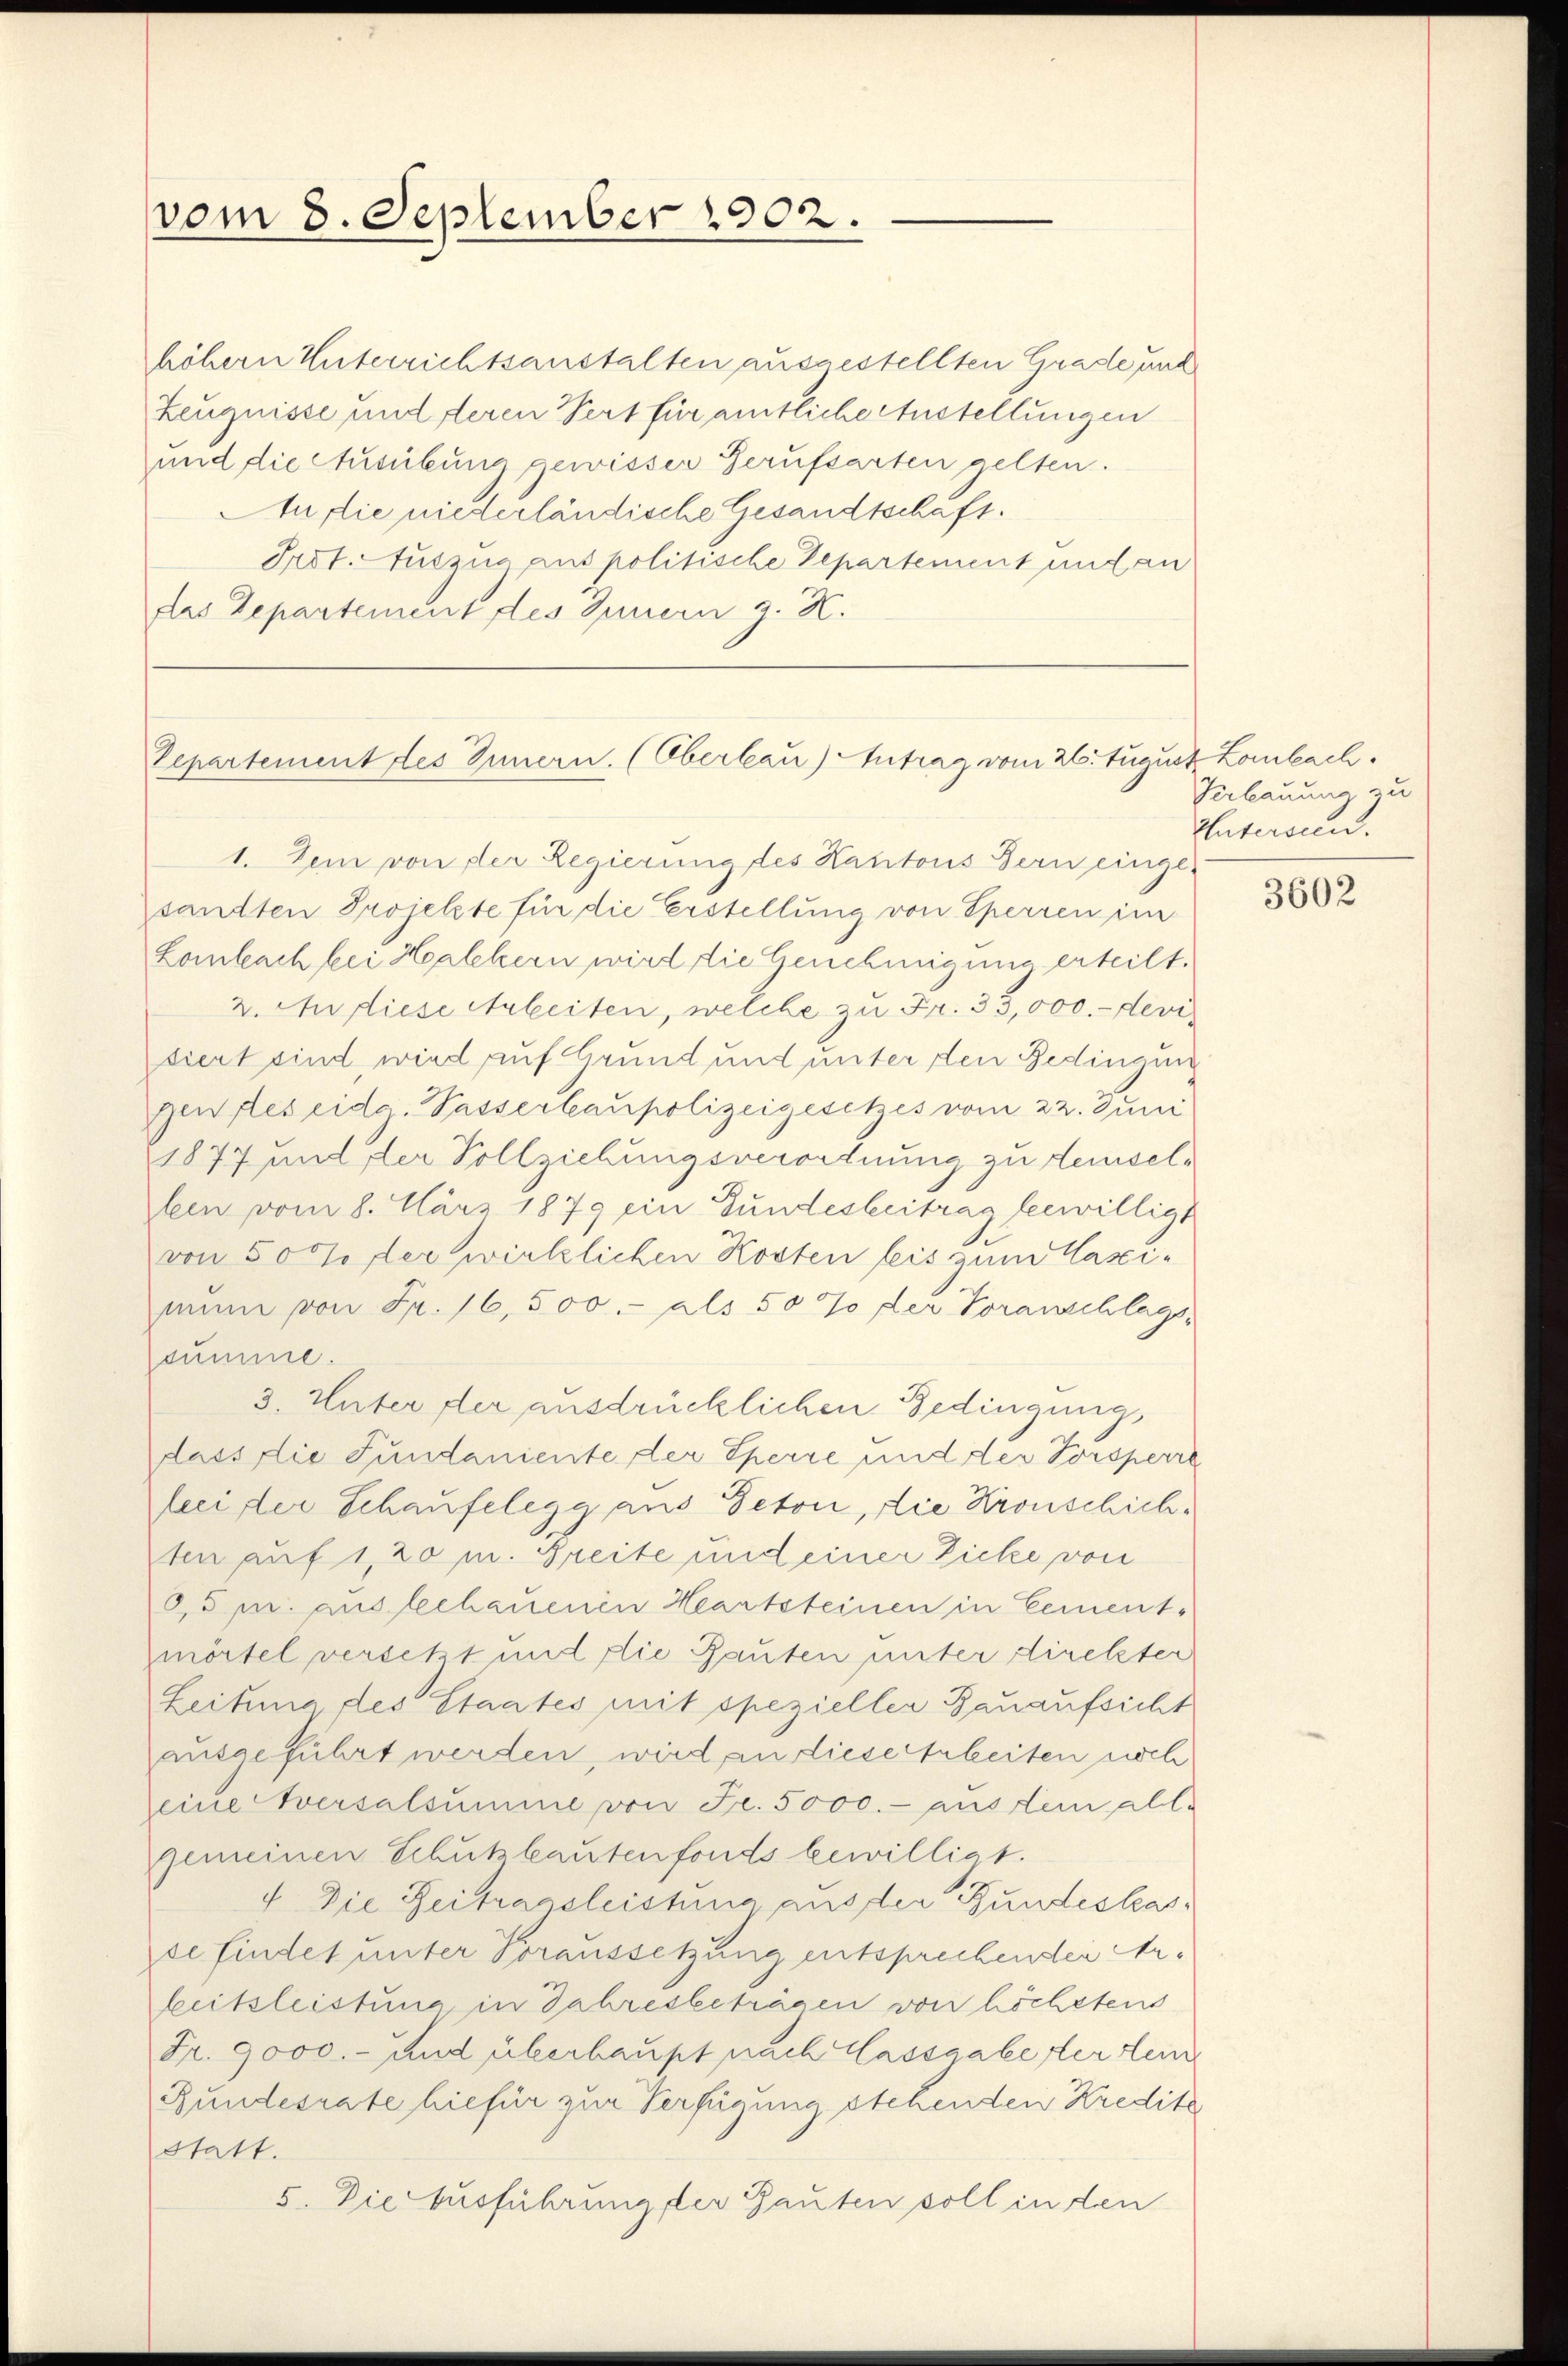
vom 8. September 1902.

höhern Unterrichtsanstalten ausgestellten Grade und
Zeugnisse und deren Pert für amtliche Austellungen
und die Ausübung gewisser Gerufsarten gelten.
Anflie niederländische Gesandtschaft.
Prot. Auszug aus politische Departement und an
das Departement des Innern z. K.

Zepartement des Innern. (Oberlau) Antrag vom 26. August Lombach.

1. Dem von der Regierung des Kantons Bern eingesandten Projekte für die Erstellung von Sperren im
Lombach bei Healckern wird die Genehmigung erteilt.
2. Aufliese Arbeiten, welche zu Fr. 35,000.- devi
diert sind wird auf Grund und unter den Bedingun
genstes eide. Passerbaupolizeigesetzes vom 22. Juni
1877 und der Vollziehungsverordnung zu demselleen vom 8. März 1879 ein Gundesbeitrag bewilligt
von 507 der wirklichen Kosten leis zum Maximnn von Fr. 16,500.- als 50 % der Voranschlags,
summe.
3. Unter der ausdrücklichen Bedingung,
dass die Fundaniente der Sperre und der Torsperre
feei der Schaufelegg aus Peton, die Kronschich
ten auf 1, 20 m. Greite und einer Zicke von
0,5 m. ausschauenen Heartsteinen in Cement-
mörtel versetzt und die Bauten unter direkter
Leitung des Staates mit spezieller Bauaufsicht
ausgeführt werden, wird an diese Arbeiten noch
eine versalsumme von Fr. 5000.- aus dem all-
gemeinen Schutzbautenfonds bewilligt.
4. Die Zeitragsleistung aus der Bundeskasde findet unter Voraussetzung entsprechenden Arbeitsleistung in Jahresbeträgen von höchstens
Fr. 9000.- und überhaupt nach Cassaale der tei
Bundesrate hiefür zur Verfügung stehenden Kredite
statt.
5. Die Ausführung der Gauten soll in den

Verbauung zu
Untersien.

3602